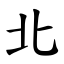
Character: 北